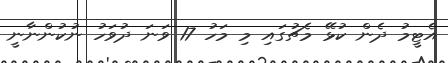
އެޓީމު ދެން ކުޅޭ މެޗުގައި މި މަހު 17 ވަނަ ދުވަހު ނުކުންނާނީ